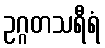
ဥဂ္ဂတသရီရံ